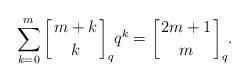
LaTeX: \begin{align*}\sum_{k=0}^m\bigg[\genfrac{}{}{0pt}{}{m+k}{k}\bigg]_qq^k=\bigg[\genfrac{}{}{0pt}{}{2m+1}{m}\bigg]_q.\end{align*}